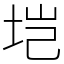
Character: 垲